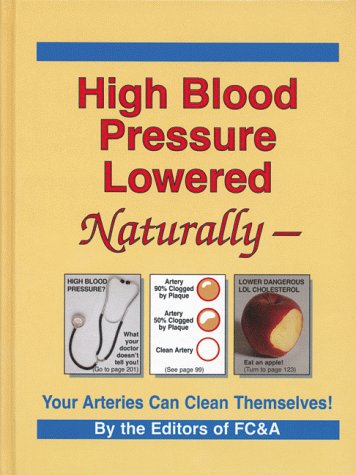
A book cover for High Blood Pressure Lowered Naturally - Your Arteries Can Clean Themselves; FC&A; Health, Fitness & Dieting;